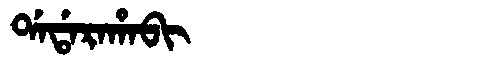
Manchu: ᡩᠠᡩᠠᡵᠠᡥᠠᠪᡳ
Romanization: DADARAHABI